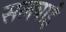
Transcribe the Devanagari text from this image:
सलबाई